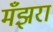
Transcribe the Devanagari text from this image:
मँझरा